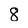
Character: 8